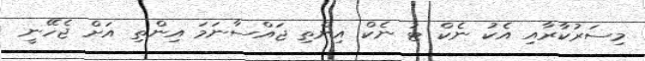
މިސަރުކާރާއި އެކު ނެކް ޓު ނެކް އިންތި ޖައްސާނަމަ އިންތި އަށް ޖެހޭނީ